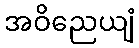
အဝိညေယျံ